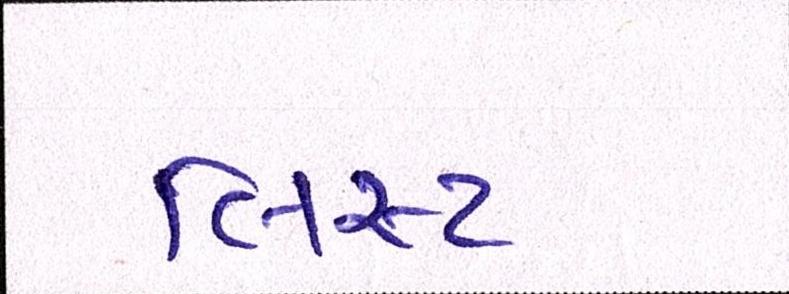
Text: લિસ્ટ